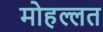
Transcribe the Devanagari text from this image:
मोहल्लत